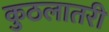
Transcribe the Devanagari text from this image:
कुठलातरी